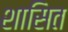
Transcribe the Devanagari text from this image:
शासित